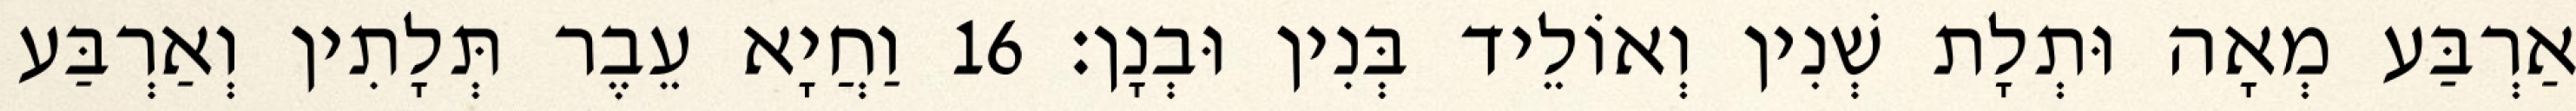
אַרְבַּע מְאָה וּתְלָת שְׁנִין וְאוֹלֵיד בְּנִין וּבְנָן׃ 16 וַחֲיָא עֵבֶר תְּלָתִין וְאַרְבַּע